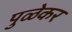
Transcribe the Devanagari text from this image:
पुळेकर